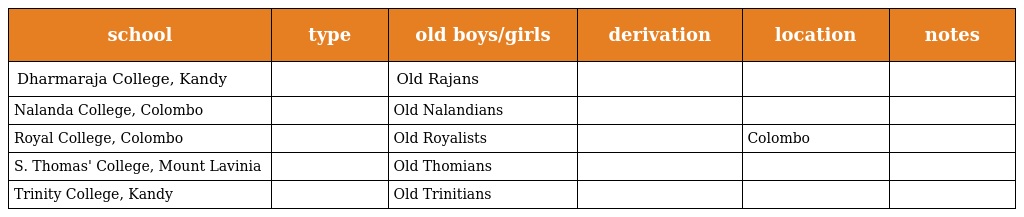
| school | type | old boys/girls | derivation | location | notes |
 | --- | --- | --- | --- | --- | --- |
 | Dharmaraja College, Kandy |  | Old Rajans |  |  |  |
 | Nalanda College, Colombo |  | Old Nalandians |  |  |  |
 | Royal College, Colombo |  | Old Royalists |  | Colombo |  |
 | S. Thomas' College, Mount Lavinia |  | Old Thomians |  |  |  |
 | Trinity College, Kandy |  | Old Trinitians |  |  |  |